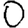
Digit: 0